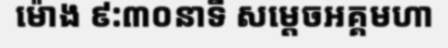
ម៉ោង ៩:៣០នាទី សម្តេចអគ្គមហា